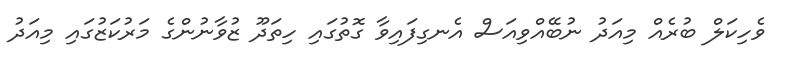
ވެހިކަލް ބުރެއް މިއަދު ނުބޭއްވިއަސް އެނގިފައިވާ ގޮތުގައި ހިތަދޫ ޒުވާނުންގެ މަރުކަޒުގައި މިއަދު